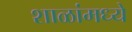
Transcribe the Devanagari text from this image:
शाळांमध्‍ये